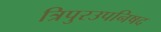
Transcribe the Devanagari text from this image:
त्रिपुरउपनिषद